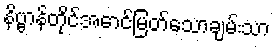
နိဗ္ဗာန်တိုင်အောင်မြတ်သောချမ်းသာ